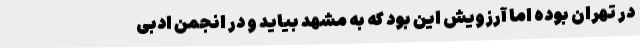
در تهران بوده اما آرزویش این بود که به مشهد بیاید و در انجمن ادبی